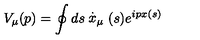
V _ { \mu } ( p ) = \oint d s \stackrel { . } { x } _ { \mu } ( s ) e ^ { i p x ( s ) }